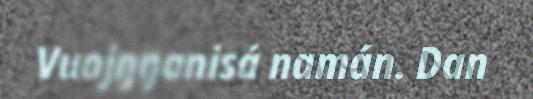
Vuojŋŋanisá namán. Dan